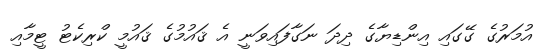
އުމަރުގެ ގޭގައި އިންޑިޔާގެ ދިދަ ނަގާފައިވަނީ އެ ޤައުމުގެ ޤައުމީ ކްރިކެޓު ޓީމާއި